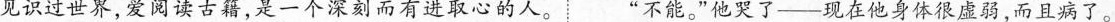
见识过世界，爱阅读古籍，是一个深刻而有进取心的人。”不能。”他哭了--现在他身 才体很虚弱，而且病了。